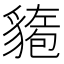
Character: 𫎍